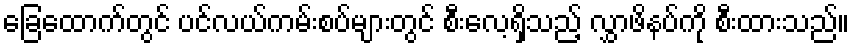
ခြေထောက်တွင် ပင်လယ်ကမ်းစပ်များတွင် စီးလေ့ရှိသည့် လွှာဖိနပ်ကို စီးထားသည်။